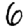
Digit: 6